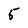
Character: 5